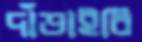
দাঁড়াইবি